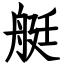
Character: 艇